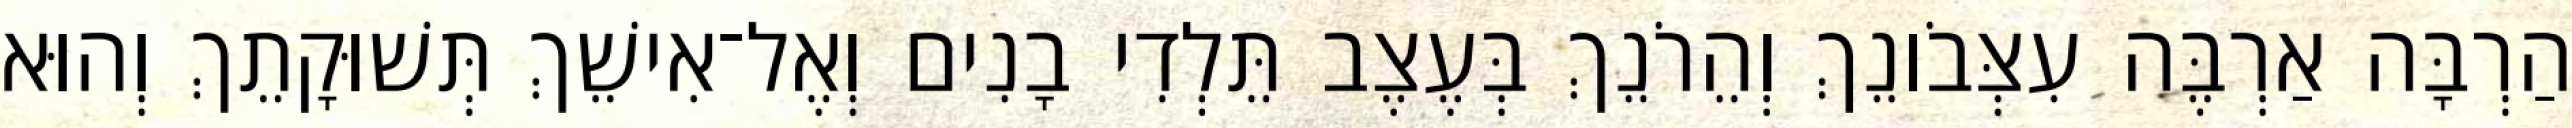
הַרְבָּה אַרְבֶּה עִצְּבֹונֵךְ וְהֵרֹנֵךְ בְּעֶצֶב תֵּלְדִי בָנִים וְאֶל־אִישֵׁךְ תְּשׁוּקָתֵךְ וְהוּא